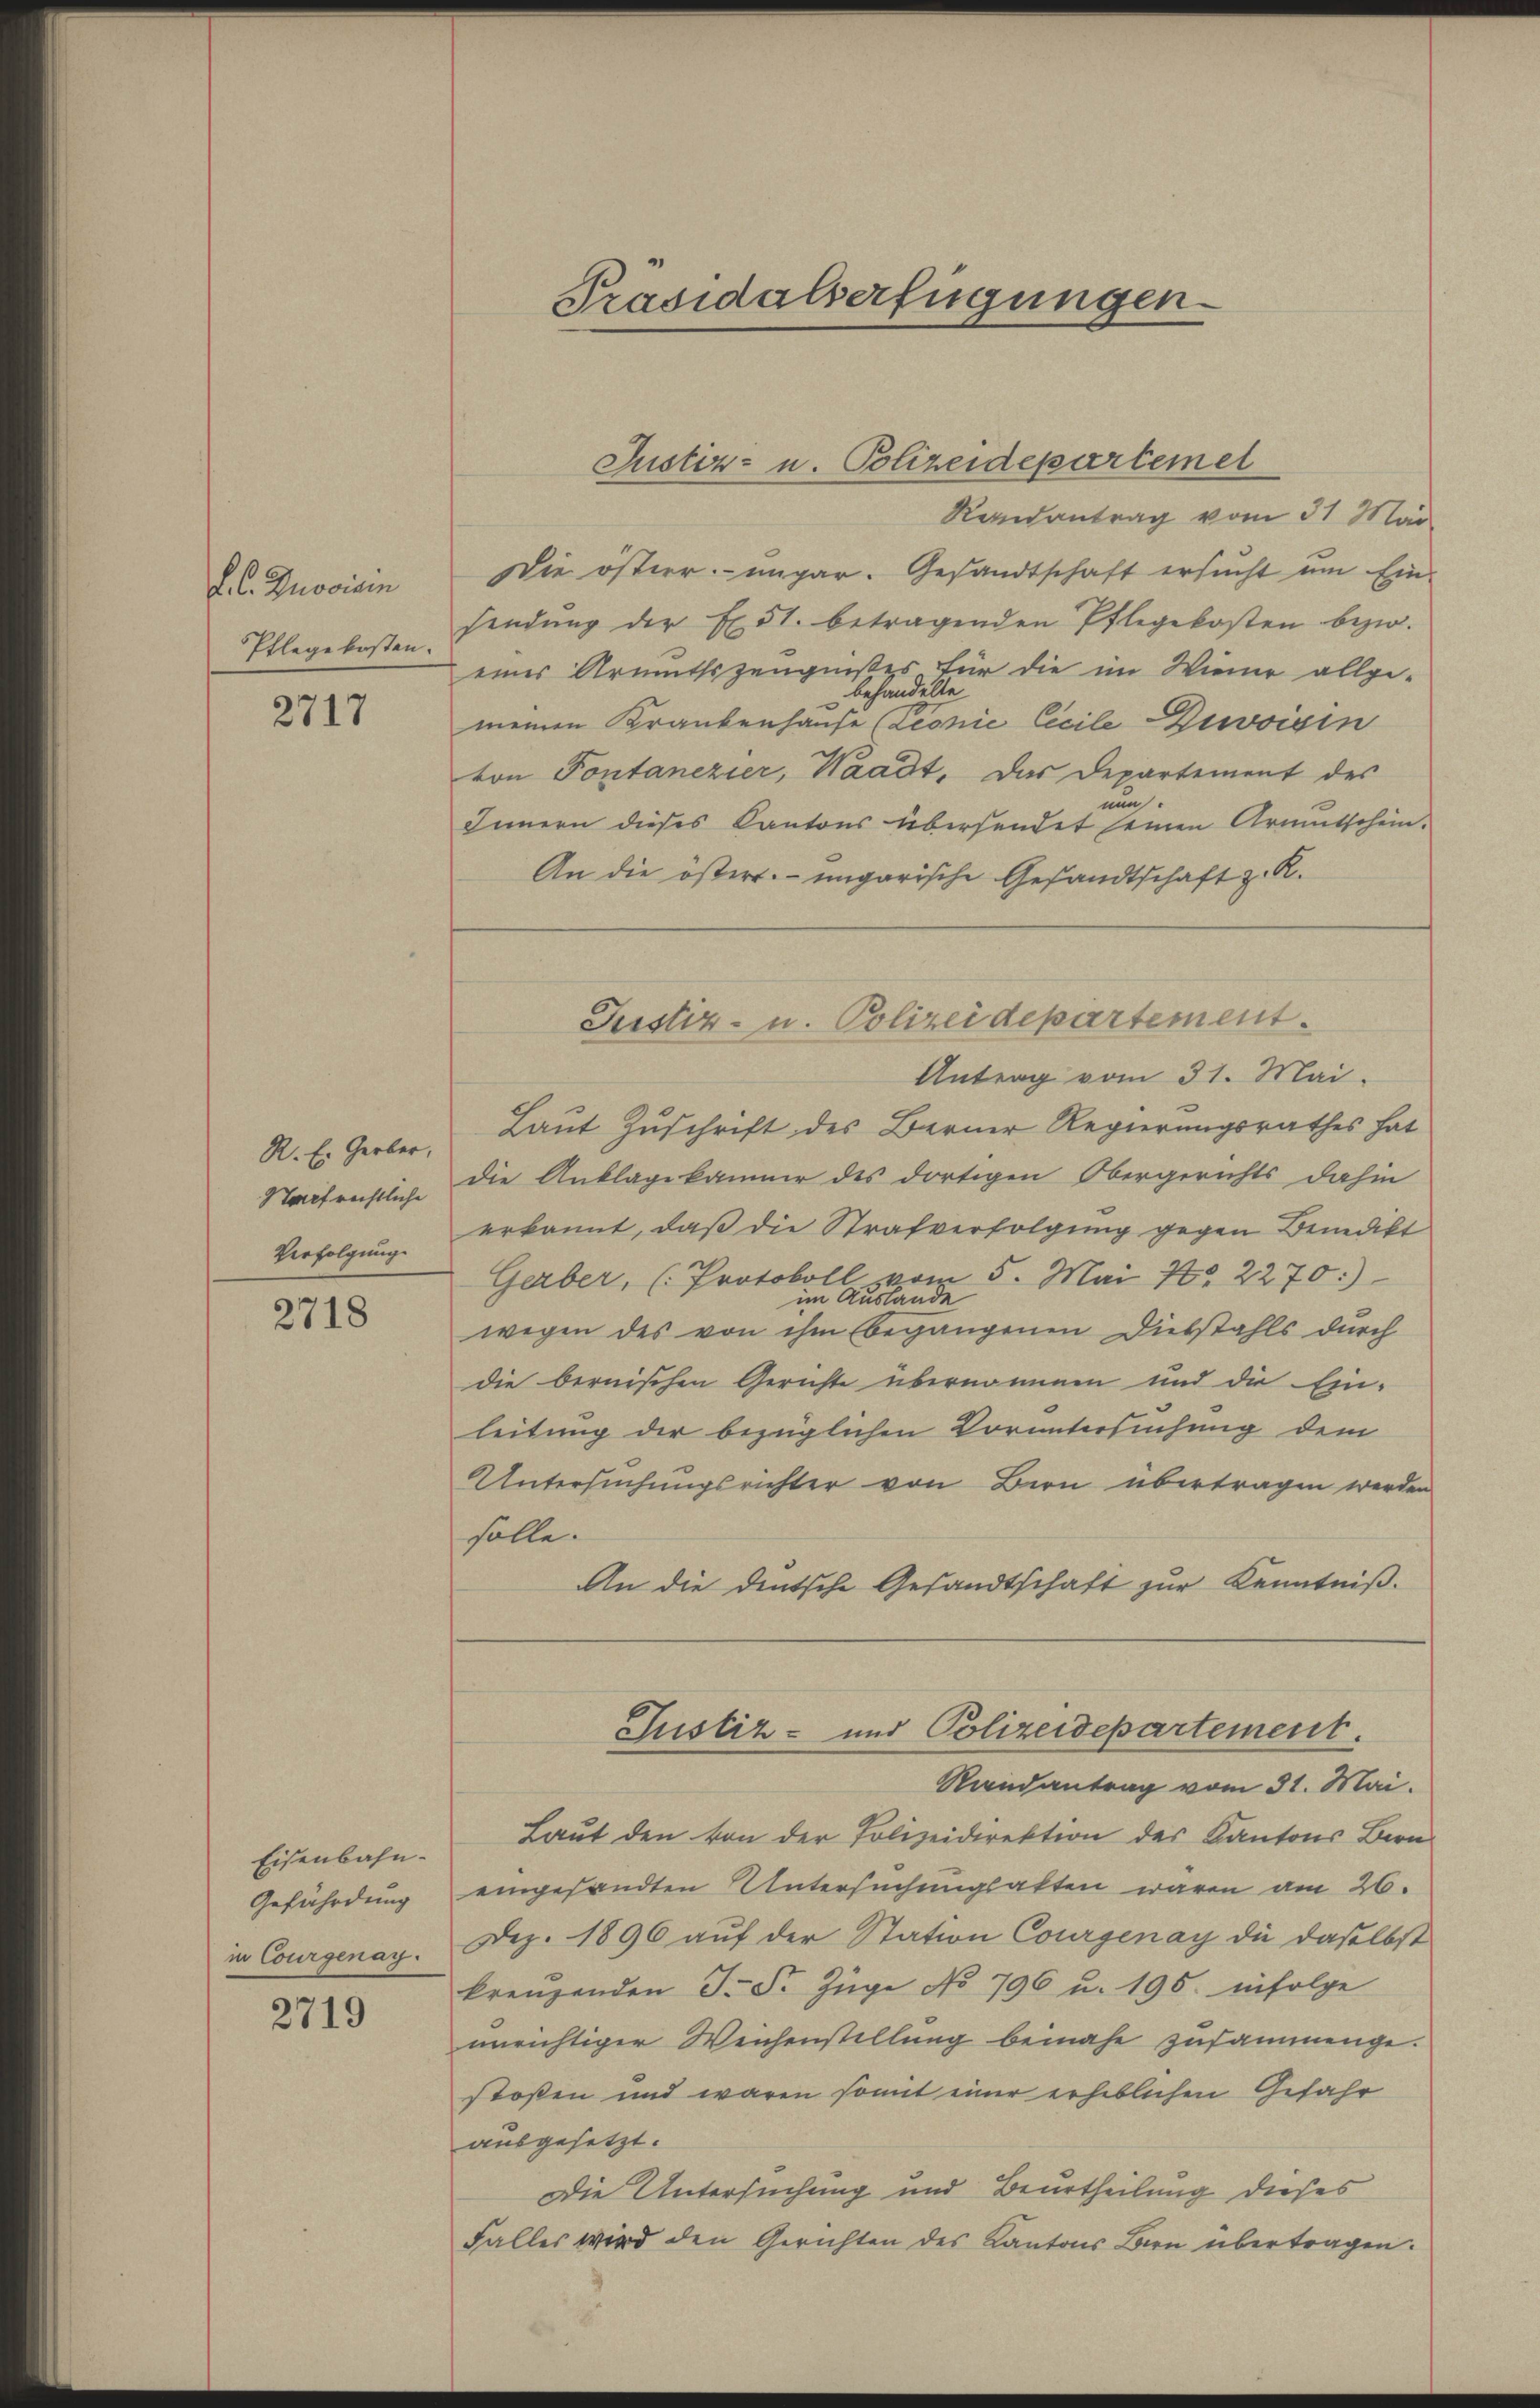
F. C. Dnovicin
Pflegekosten.

2717

R. E. Gerber,
Stapf rechtliche
Verfolgung

2718

Eisenbahn-
Gefährdung
in Courgenag

2719

Präsidalserfügungen

Justiz- u. Polizeidepartemet

Randantrag vom 31. Mai
Die öster ungar. Gesandtschaft ersucht um Ein-
sendung der E. 51. betragenden Pflegekosten bezw.
einer Armuthszeugnißes für die im Wiener allge-
behandelte
meinen Krankenhause (Leonić Cicile Divoisin
von Pontanezier, Waadt, das Departement des
um
Innern dieses Kantons übersendet seinen Armutschein.
An die östert ungarische Gesandtschaft z. R.
Antrag vom 31. Mai.
Laut Zuschrift des Berner Regierungsrathes hat
die Anklagekamme des dortigen Obergerichts dahin
erkannt, daß die Strafverfolgung gegen Benedikt
Gerber, (Protokoll vom 5. Mai 7. 2270:)
im Auslande
wegen des von ihm begangenen Diebstahls durch
die bernischen Gerichte übernommen und die Ein-
leitung der bezüglichen Voruntersuchung dem
Untersuchungsrichter von Bern übertragen werden
solle.
An die deutsche Gesandtschaft zur Kenntniß.
Justiz- und Polizeidepartement.
Randantrag vom 31. Mai.
Laŭt den von der Polizeidirektion des Kantons Bern
eingesandten Untersuchungsakten waren am 26.
Dez. 1896 auf der Station Courgenay die daselbst
kreuzenden J. S. Züge No 796 u. 195. infolge
unrichtiger Weichenstellung beinahe zusammenge-
stoßen und waren somit einer erheblichen Gefahr
ausgesetzt.
Die Untersuchung und Beurtheilung dieses
Falles wird den Gerichten des Kantons Bern übertragen.

Justiz- u. Polizeidepartement.